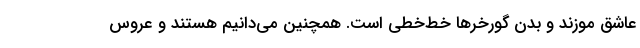
عاشق موزند و بدن گورخر‌ها خط‌خطی است. همچنین می‌دانیم هستند و عروس